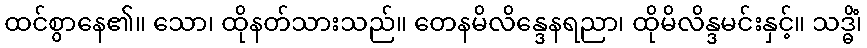
ထင်စွာနေ၏။ သော၊ ထိုနတ်သားသည်။ တေနမိလိန္ဒေနရညာ၊ ထိုမိလိန္ဒမင်းနှင့်။ သဒ္ဓိံ၊